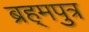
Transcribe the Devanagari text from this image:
ब्रह्‌मपुत्र